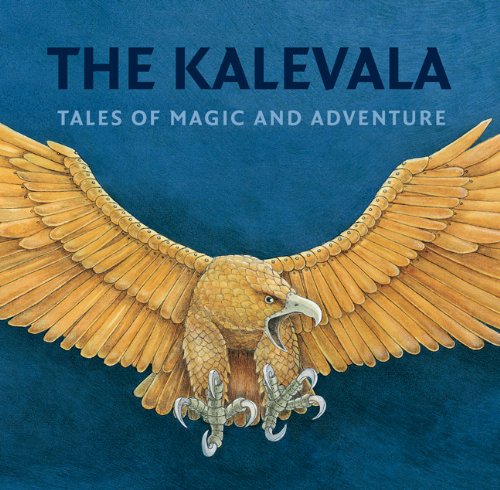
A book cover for The Kalevala: Tales of Magic and Adventure; Children's Books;